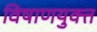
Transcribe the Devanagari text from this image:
विषाणयुक्त